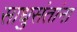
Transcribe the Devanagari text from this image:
साधुसंतांना